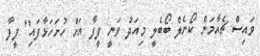
ވައިސް ޗެއާމަން ކޯނެލް ބޯބެލީ މިއަދު ވަނީ ފީފާ އަށް ހުށަހަޅާފައި" ފީފާ